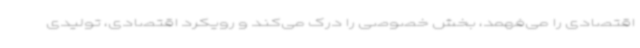
اقتصادی را می‌فهمد، بخش خصوصی را درک می‌کند و رویکرد اقتصادی، تولیدی